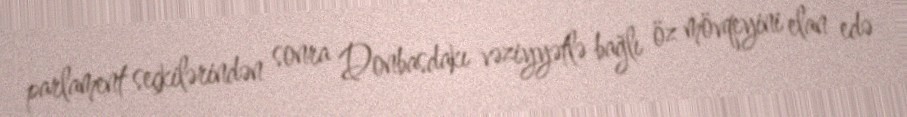
parlament seçkilərindən sonra Donbasdakı vəziyyətlə bağlı öz mövqeyini elan edə